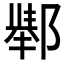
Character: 𲆚